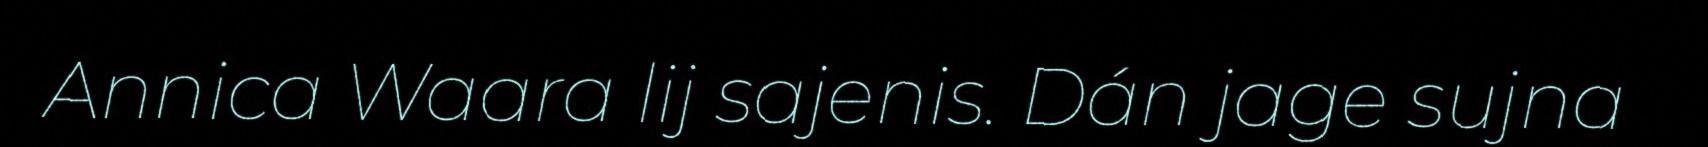
Annica Waara lij sajenis. Dán jage sujna